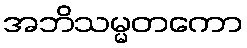
အဘိသမ္မတကော